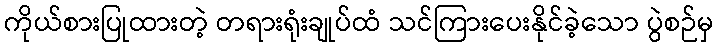
ကိုယ်စားပြုထားတဲ့ တရားရုံးချုပ်ထံ သင်ကြားပေးနိုင်ခဲ့သော ပွဲစဉ်မှ